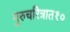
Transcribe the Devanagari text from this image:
गुरुचरित्रात१०